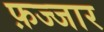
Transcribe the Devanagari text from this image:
फ़ज्जार